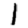
Digit: 1